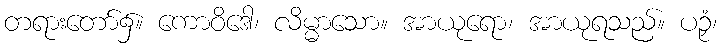
တရားတော်၌။ ကောဝိဒေါ၊ လိမ္မာသော။ အာယုရော၊ အာယုရသည်။ ပဉှံ၊